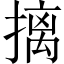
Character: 摛